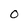
Character: O